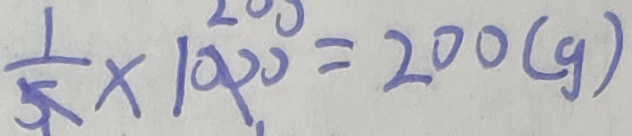
\frac { 1 } { 5 } \times 1 0 0 0 = 2 0 0 ( g )